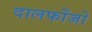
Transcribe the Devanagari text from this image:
दालफोंजो